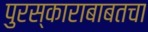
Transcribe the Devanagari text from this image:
पुरस्काराबाबतचा